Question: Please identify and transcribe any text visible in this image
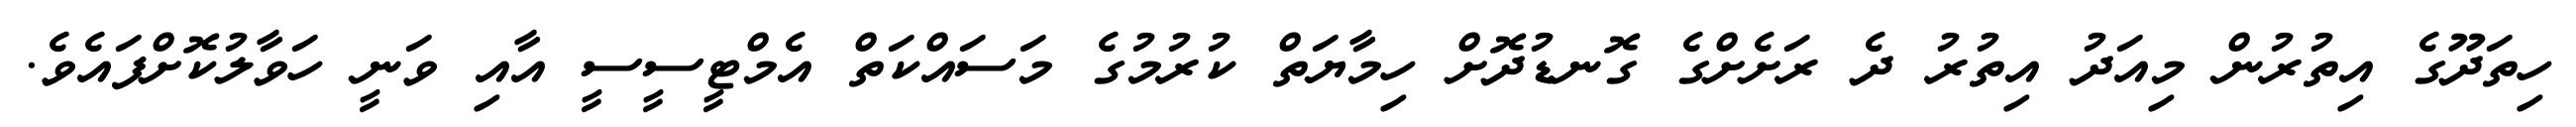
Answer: ހިތަދޫގެ އިތުރުން މިއަދު އިތުރު ދެ ރަށެށްގެ ގޮނޑުދޮށް ހިމާޔަތް ކުރުމުގެ މަސައްކަތް އެމްޓީސީސީ އާއި ވަނީ ހަވާލުކޮށްފައެވެ.